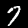
Digit: 7